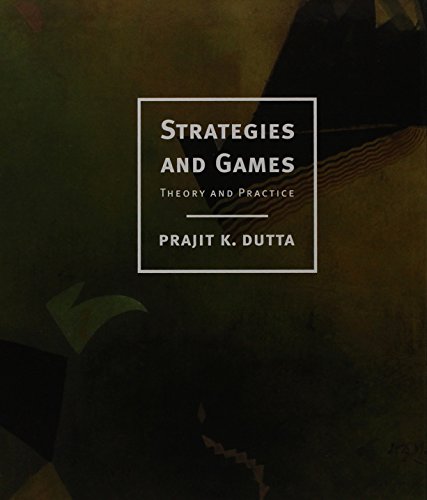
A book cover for Strategies and Games: Theory and Practice; Prajit K. Dutta; Science & Math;